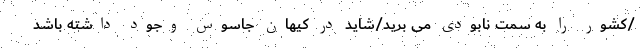
/کشور را به سمت نابودی می برید/شاید در کیهان جاسوس وجود داشته باشد